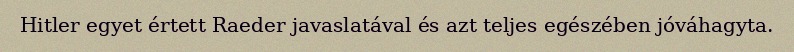
Hitler egyet értett Raeder javaslatával és azt teljes egészében jóváhagyta.